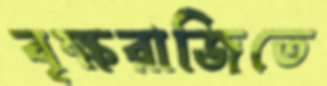
বৃক্ষরাজিতে